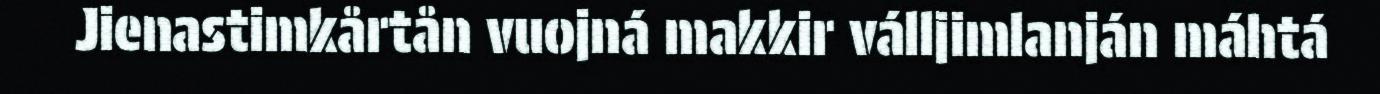
Jienastimkårtån vuojná makkir válljimlanján máhtá